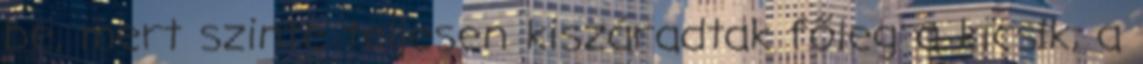
be, mert szinte teljesen kiszáradtak főleg a kicsik, a